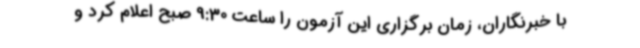
با خبرنگاران، زمان برگزاری این آزمون را ساعت 9:30 صبح اعلام کرد و